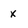
Character: x